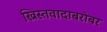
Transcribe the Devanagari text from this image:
ख्रिस्तवादाबरोबर